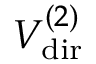
V _ { \mathrm { d i r } } ^ { ( 2 ) }